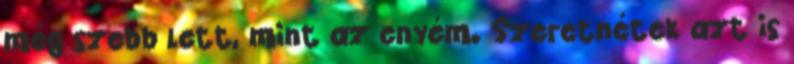
még szebb lett, mint az enyém. Szeretnétek azt is